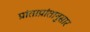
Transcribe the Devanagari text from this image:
प्रांताप्रांतानुसार